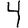
Digit: 4